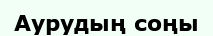
Аурудың соңы